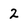
Character: 2